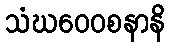
သံဃဝေဝစနာနိ